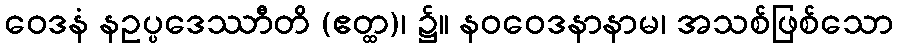
ဝေဒနံ နဥပ္ပဒေဿာီတိ (ဧတ္ထ)၊ ၌။ နဝဝေဒနာနာမ၊ အသစ်ဖြစ်သော